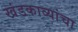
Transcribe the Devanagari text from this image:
खंडकाव्यांचा